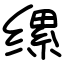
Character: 缧